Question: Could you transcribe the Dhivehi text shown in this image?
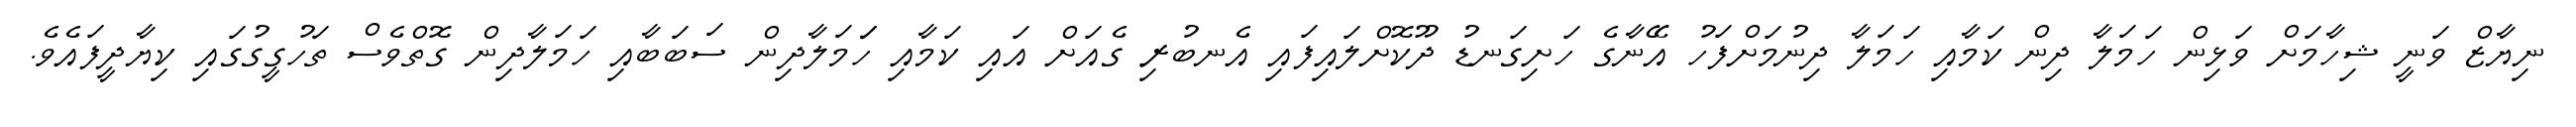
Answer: ނިޔާޒް ވަނީ ޝިހާމަށް ވަޅިން ހަމަލާ ދިން ކަމާއި ހަމަލާ ދިނުމަށްފަހު އޭނާގެ ހަށިގަނޑު ދޫކޮށްލައިފައި އެނބުރި ގެއަށް އައި ކަމާއި ހަަމަލާދިން ސަބަބާއި ހަމަލާދިން ގޮތްވެސް ތަހުގީގުގައި ކިޔާދީފައެވެ.